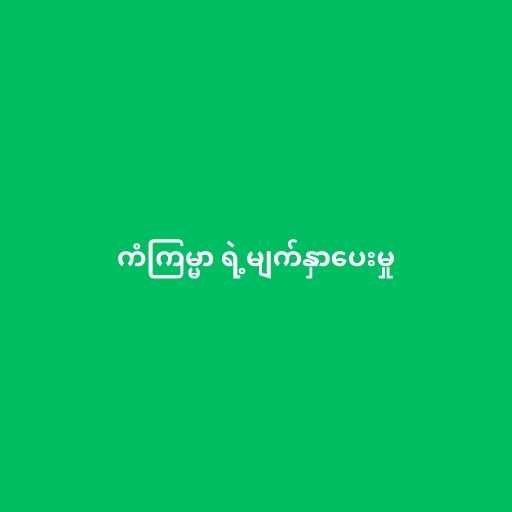
ကံကြမ္မာ ရဲ့မျက်နှာပေးမှု